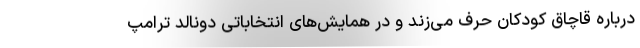
درباره قاچاق کودکان حرف می‌زند و در همایش‌های انتخاباتی دونالد ترامپ